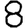
Digit: 8